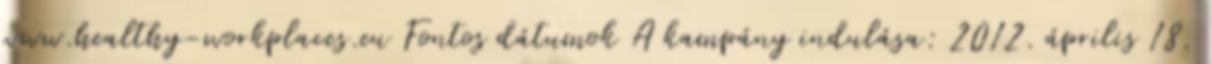
www.healthy-workplaces.eu Fontos dátumok A kampány indulása: 2012. április 18.